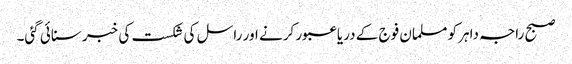
صبح راجہ داہر کو مسلمان فوج کے دریا عبور کرنے اور راسل کی شکست کی خبر سنائی گئی۔